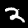
Digit: 2